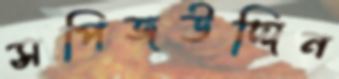
সপিজউদ্দিন